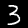
Digit: 3